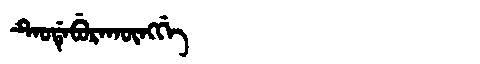
Manchu: ᡨᡝᠣᡩᡝᠪᡠᡵᠠᡴᡡᠩᡤᡝ
Romanization: TEODEBURAKŪNGGE